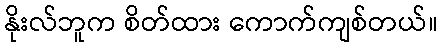
နိုးလ်ဘူက စိတ်ထား ကောက်ကျစ်တယ်။